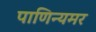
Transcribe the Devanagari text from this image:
पाणिन्यमर